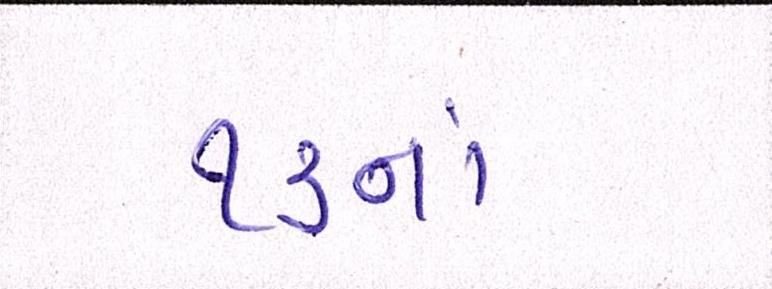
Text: ૧૩નાં